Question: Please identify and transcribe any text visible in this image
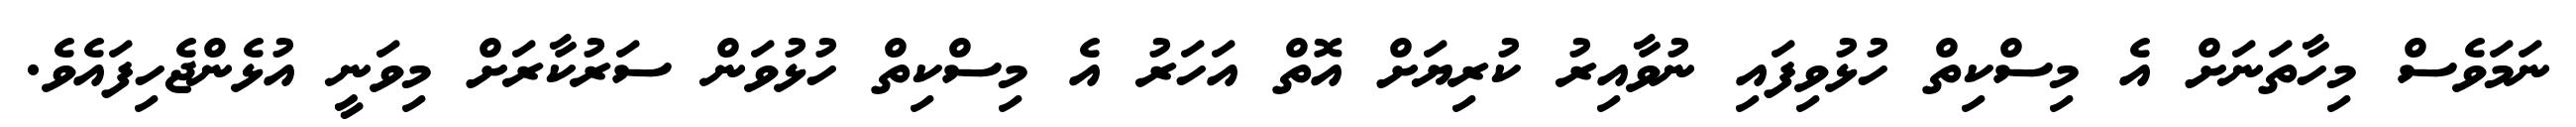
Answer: ނަމަވެސް މިހާތަނަށް އެ މިސްކިތް ހުޅުވިފައި ނުވާއިރު ކުރިޔަށް އޮތް އަހަރު އެ މިސްކިތް ހުޅުވަން ސަރުކާރަށް މިވަނީ އުޅެންޖެހިފައެވެ.